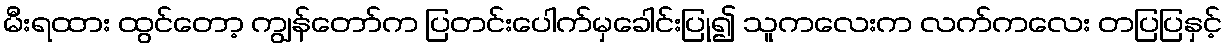
မီးရထား ထွင်တော့ ကျွန်တော်က ပြတင်းပေါက်မှခေါင်းပြု၍ သူကလေးက လက်ကလေး တပြပြနှင့်